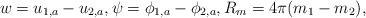
LaTeX: \begin{align*}w = u_{1,a} - u_{2,a}, \psi = \phi_{1,a} - \phi_{2,a}, R_{m} = 4 \pi (m_{1} - m_{2}),\end{align*}